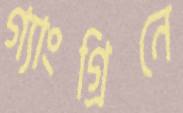
গ্যাংগ্রিনে